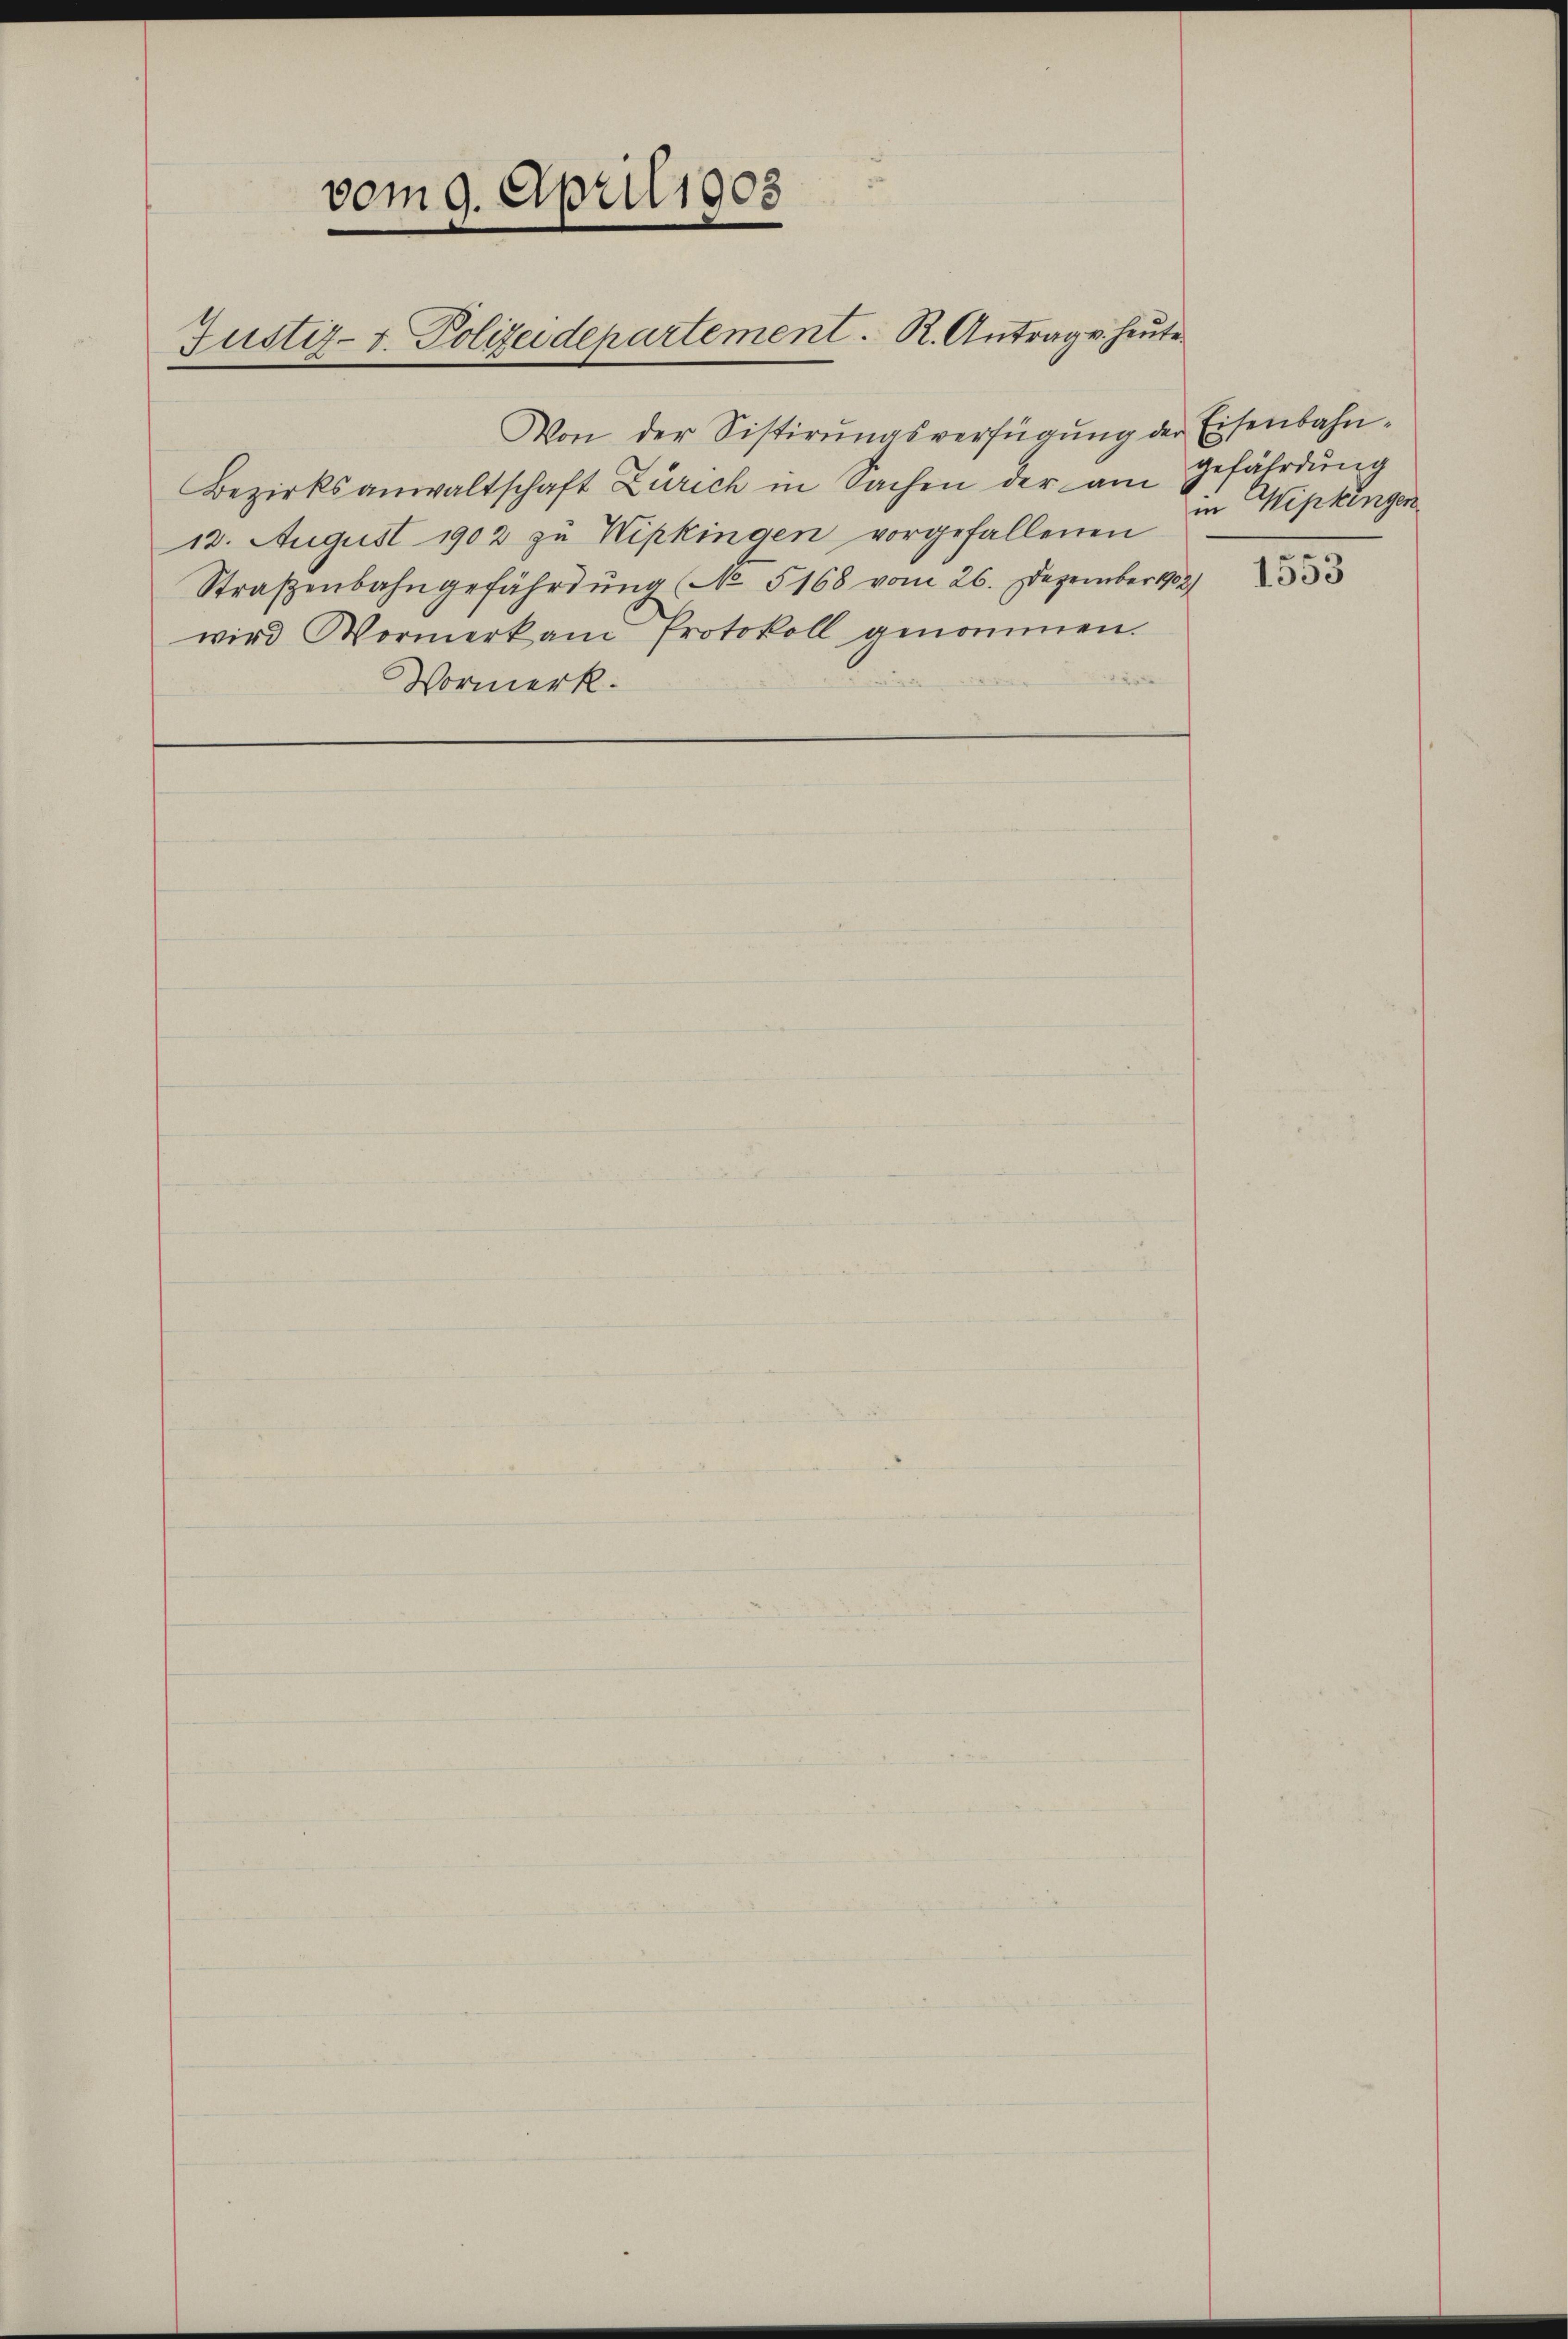
vom 9. April 1908
Justiz- u. Polizeidepartement. R. Antrag v. heute.

Von der Sistirŭngsverfügŭng der Eisenbahn-
Bezirksanwaltschaft Zürich in Sachen der am Gefährdung
13. August 1902 zu Wipkingen vorgefallenen
Straßenbahngefährdung No. 5168 vom 26. Dezember 1902/
wird Wormerkam Protokoll genommen.
Vormerk.

in Wipkingen
1835.